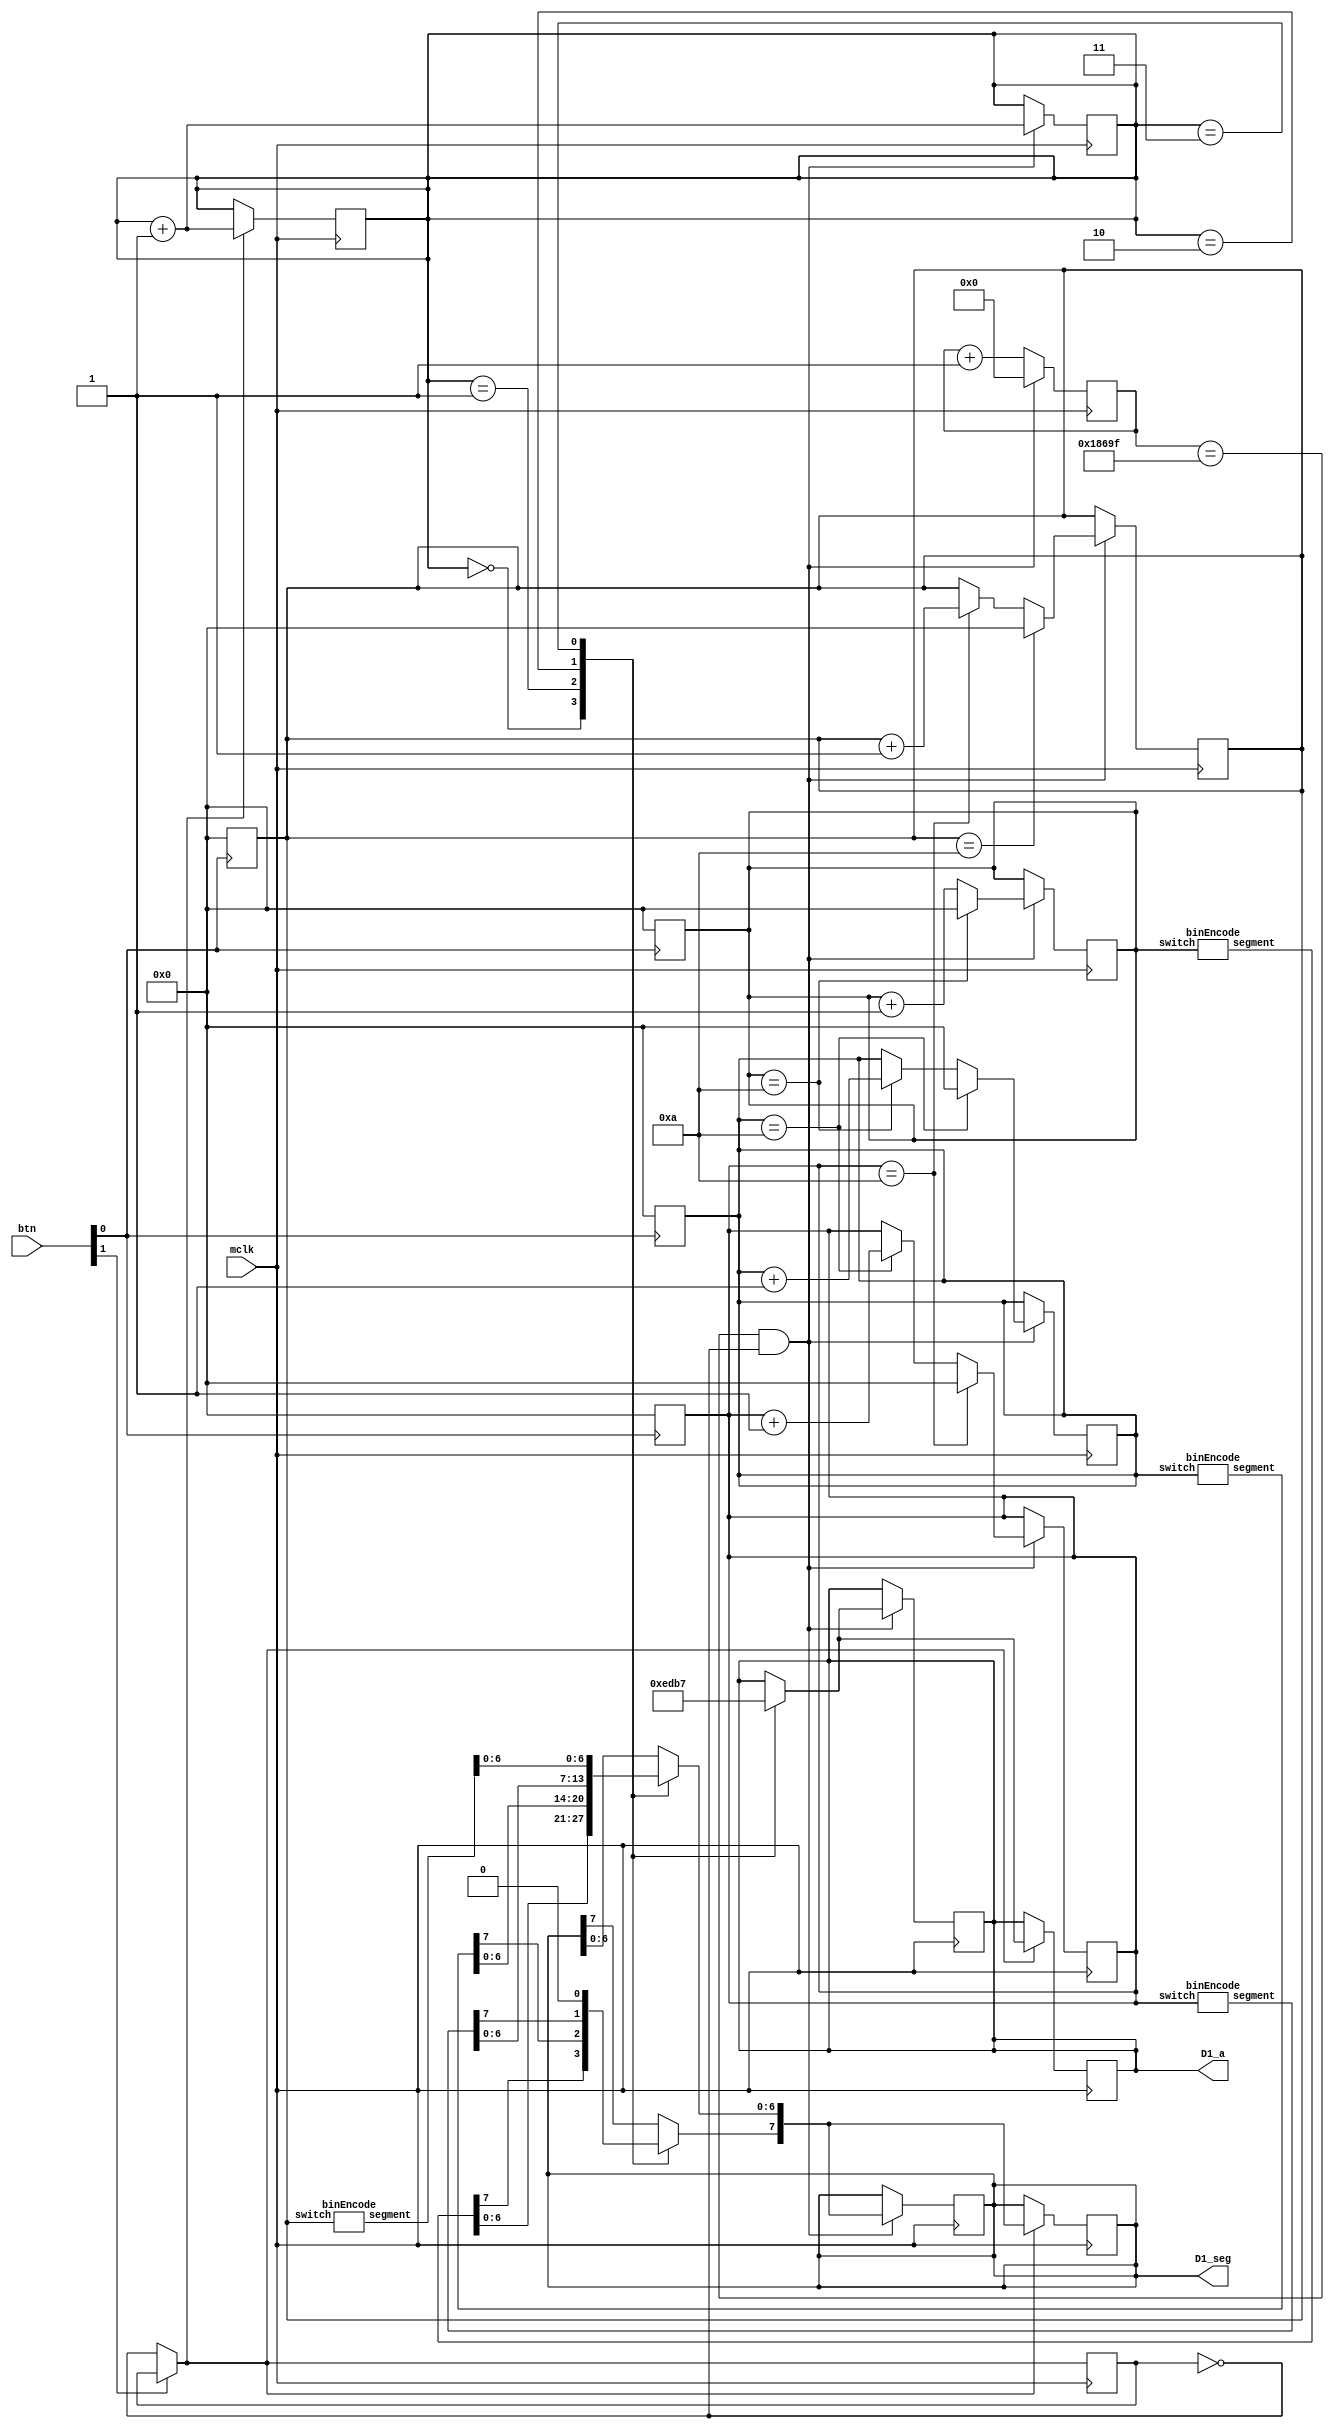
module msStopwatch(
    input mclk,
    input [1:0] btn, //[0] is reset, [1] is start
    output reg [3:0] D1_a,
    output reg [7:0] D1_seg
);
reg [26:0] count = 0;
reg [2:0] digitSelect = 0;
reg [3:0] digit0, digit1, digit2, digit3;
reg stop = 0;

wire [7:0] seg0, seg1, seg2, seg3;
binEncode be0(digit0, seg0);     
binEncode be1(digit1, seg1);     
binEncode be2(digit2, seg2);     
binEncode be3(digit3, seg3); 

always @(posedge btn[0]) begin //RESET
        digit0 <= 0;
        digit1 <= 0;
        digit2 <= 0;
        digit3 <= 0;
end
always @(posedge mclk) begin //STOP
    if(btn[1] == 0) stop = ~stop;
    if(stop == 1) begin
        digitSelect <= digitSelect + 1;
        case(digitSelect)
            2'b00 : begin
                        D1_seg <= seg0;
                        D1_a <= 4'b1110;
                    end
            2'b01 : begin
                        D1_seg <= seg1;
                        D1_a <= 4'b1101;
                    end
            2'b10 : begin
                        D1_seg <= seg2;
                        D1_a <= 4'b1011;
                    end
            2'b11 : begin
                        D1_seg = seg3;
                        D1_seg[7] = 0;
                        D1_a <= 4'b0111;
                    end
        endcase
    end
end
    always @(posedge mclk) begin //COUNTER
    if((count == 100000 - 1) & (stop == 0)) begin
        count <= 0;
        digitSelect <= digitSelect + 1;

        digit0 <= digit0 + 1;
        if(digit0 == 10) begin
            digit0 <= 0;
            digit1 <= digit1 + 1;
        end
        if(digit1 == 10) begin
            digit1 <= 0;
            digit2 <= digit2 + 1;
            end
        if(digit2 == 10) begin
            digit2 <= 0;
            digit3 <= digit3 + 1;
        end
        if(digit3 == 10) digit3 <= 0;

        case(digitSelect)
            2'b00 : begin
                        D1_seg <= seg0;
                        D1_a <= 4'b1110;
                    end
            2'b01 : begin
                        D1_seg <= seg1;
                        D1_a <= 4'b1101;
                    end
            2'b10 : begin
                        D1_seg <= seg2;
                        D1_a <= 4'b1011;
                    end
            2'b11 : begin
                        D1_seg = seg3;
                        D1_seg[7] = 0;
                        D1_a <= 4'b0111;
                    end
        endcase
    end
        else begin
            count <= count + 1;
        end
end
endmodule

module binEncode(input [3:0] switch, output reg [7:0] segment);
    always @(switch) begin
        case(switch)
            4'b0000 : segment = 8'b11000000; // 0
            4'b0001 : segment = 8'b11111001; // 1
            4'b0010 : segment = 8'b10100100; // 2
            4'b0011 : segment = 8'b10110000; // 3
            4'b0100 : segment = 8'b10011001; // 4
            4'b0101 : segment = 8'b10010010; // 5
            4'b0110 : segment = 8'b10000010; // 6 
            4'b0111 : segment = 8'b11111000; // 7
            4'b1000 : segment = 8'b10000000; // 8
            4'b1001 : segment = 8'b10010000; // 9
        endcase
    end
endmodule